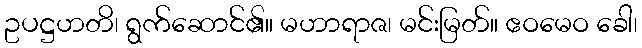
ဥပဋ္ဌဟတိ၊ ရွက်ဆောင်၏။ မဟာရာဇ၊ မင်းမြတ်။ ဧဝမေဝ ခေါ၊